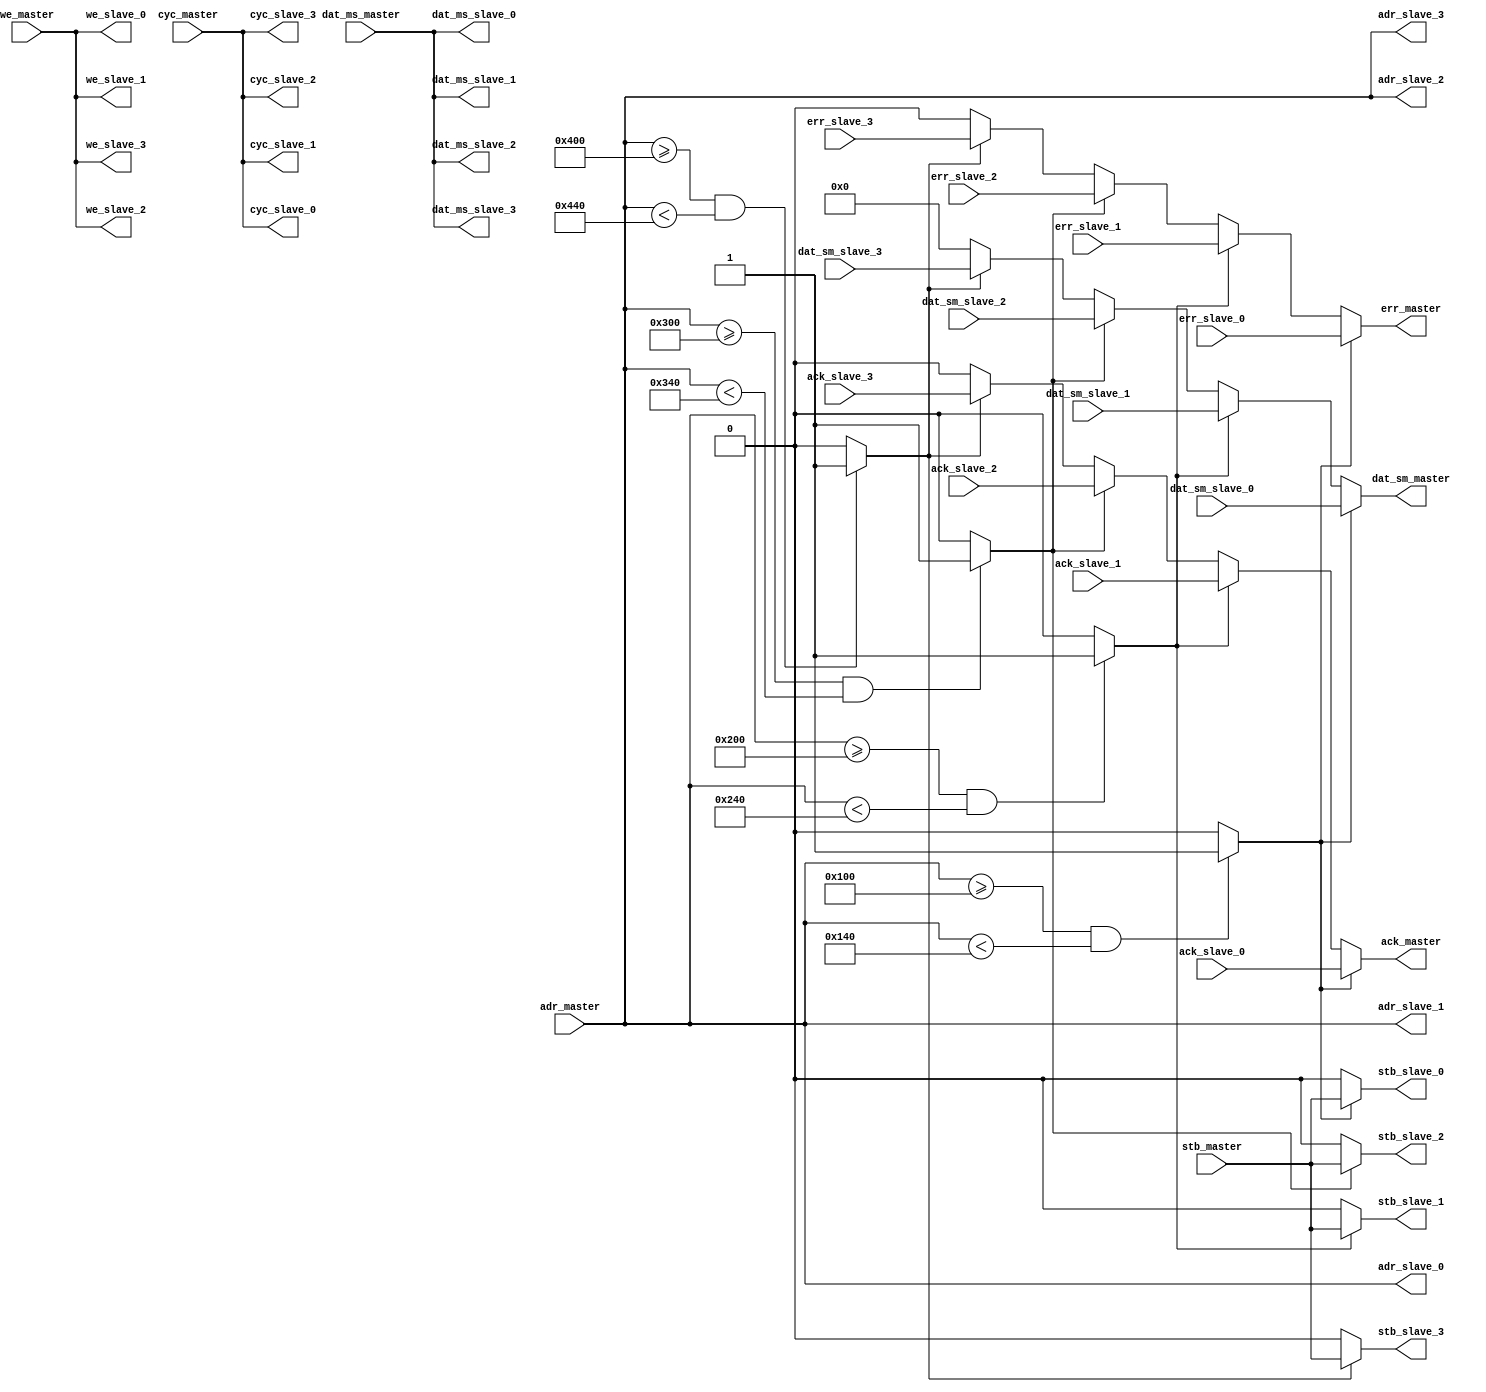
module wishbone_bus #(
    parameter                              ADDR_WIDTH       = 32,
    parameter                              DATA_WIDTH       = 32,
    parameter                              SLAVE_0_BASE     = 'h0100,
    parameter                              SLAVE_1_BASE     = 'h0200,
    parameter                              SLAVE_2_BASE     = 'h0300,
    parameter                              SLAVE_3_BASE     = 'h0400,
    parameter                              SLAVE_RANGE      = 'h0040
) (
    input          [ADDR_WIDTH-1:0]     adr_master,
    input                               cyc_master,
    input          [DATA_WIDTH-1:0]     dat_ms_master,
    input                               stb_master,
    input                               we_master,
    output reg                          ack_master,
    output reg     [DATA_WIDTH-1:0]     dat_sm_master,
    output reg                          err_master,
    input                               ack_slave_0,
    input          [DATA_WIDTH-1:0]     dat_sm_slave_0,
    input                               err_slave_0,
    output         [ADDR_WIDTH-1:0]     adr_slave_0,
    output                              cyc_slave_0,
    output         [DATA_WIDTH-1:0]     dat_ms_slave_0,
    output                              stb_slave_0,
    output                              we_slave_0,
    input                               ack_slave_1,
    input          [DATA_WIDTH-1:0]     dat_sm_slave_1,
    input                               err_slave_1,
    output         [ADDR_WIDTH-1:0]     adr_slave_1,
    output                              cyc_slave_1,
    output         [DATA_WIDTH-1:0]     dat_ms_slave_1,
    output                              stb_slave_1,
    output                              we_slave_1,
    input                               ack_slave_2,
    input          [DATA_WIDTH-1:0]     dat_sm_slave_2,
    input                               err_slave_2,
    output         [ADDR_WIDTH-1:0]     adr_slave_2,
    output                              cyc_slave_2,
    output         [DATA_WIDTH-1:0]     dat_ms_slave_2,
    output                              stb_slave_2,
    output                              we_slave_2,
    input                               ack_slave_3,
    input          [DATA_WIDTH-1:0]     dat_sm_slave_3,
    input                               err_slave_3,
    output         [ADDR_WIDTH-1:0]     adr_slave_3,
    output                              cyc_slave_3,
    output         [DATA_WIDTH-1:0]     dat_ms_slave_3,
    output                              stb_slave_3,
    output                              we_slave_3
);
    assign adr_slave_0 = adr_master;
    assign cyc_slave_0 = cyc_master;
    assign dat_ms_slave_0 = dat_ms_master;
    assign we_slave_0 = we_master;
    assign adr_slave_1 = adr_master;
    assign cyc_slave_1 = cyc_master;
    assign dat_ms_slave_1 = dat_ms_master;
    assign we_slave_1 = we_master;
    assign adr_slave_2 = adr_master;
    assign cyc_slave_2 = cyc_master;
    assign dat_ms_slave_2 = dat_ms_master;
    assign we_slave_2 = we_master;
    assign adr_slave_3 = adr_master;
    assign cyc_slave_3 = cyc_master;
    assign dat_ms_slave_3 = dat_ms_master;
    assign we_slave_3 = we_master;
    wire slave_0_sel = (adr_master >= SLAVE_0_BASE && adr_master < SLAVE_0_BASE+SLAVE_RANGE) ? 1 : 0;
    wire slave_1_sel = (adr_master >= SLAVE_1_BASE && adr_master < SLAVE_1_BASE+SLAVE_RANGE) ? 1 : 0;
    wire slave_2_sel = (adr_master >= SLAVE_2_BASE && adr_master < SLAVE_2_BASE+SLAVE_RANGE) ? 1 : 0;
    wire slave_3_sel = (adr_master >= SLAVE_3_BASE && adr_master < SLAVE_3_BASE+SLAVE_RANGE) ? 1 : 0;
    always @* begin
        if (slave_0_sel) begin
            dat_sm_master <= dat_sm_slave_0;
            ack_master <= ack_slave_0;
            err_master <= err_slave_0;
        end
        else if (slave_1_sel) begin
            dat_sm_master <= dat_sm_slave_1;
            ack_master <= ack_slave_1;
            err_master <= err_slave_1;
        end
        else if (slave_2_sel) begin
            dat_sm_master <= dat_sm_slave_2;
            ack_master <= ack_slave_2;
            err_master <= err_slave_2;
        end
        else if (slave_3_sel) begin
            dat_sm_master <= dat_sm_slave_3;
            ack_master <= ack_slave_3;
            err_master <= err_slave_3;
        end
        else begin
            dat_sm_master <= 0;
            ack_master <= 0;
            err_master <= 0;
        end
    end
    assign stb_slave_0 = slave_0_sel ? stb_master : 0;
    assign stb_slave_1 = slave_1_sel ? stb_master : 0;
    assign stb_slave_2 = slave_2_sel ? stb_master : 0;
    assign stb_slave_3 = slave_3_sel ? stb_master : 0;
endmodule